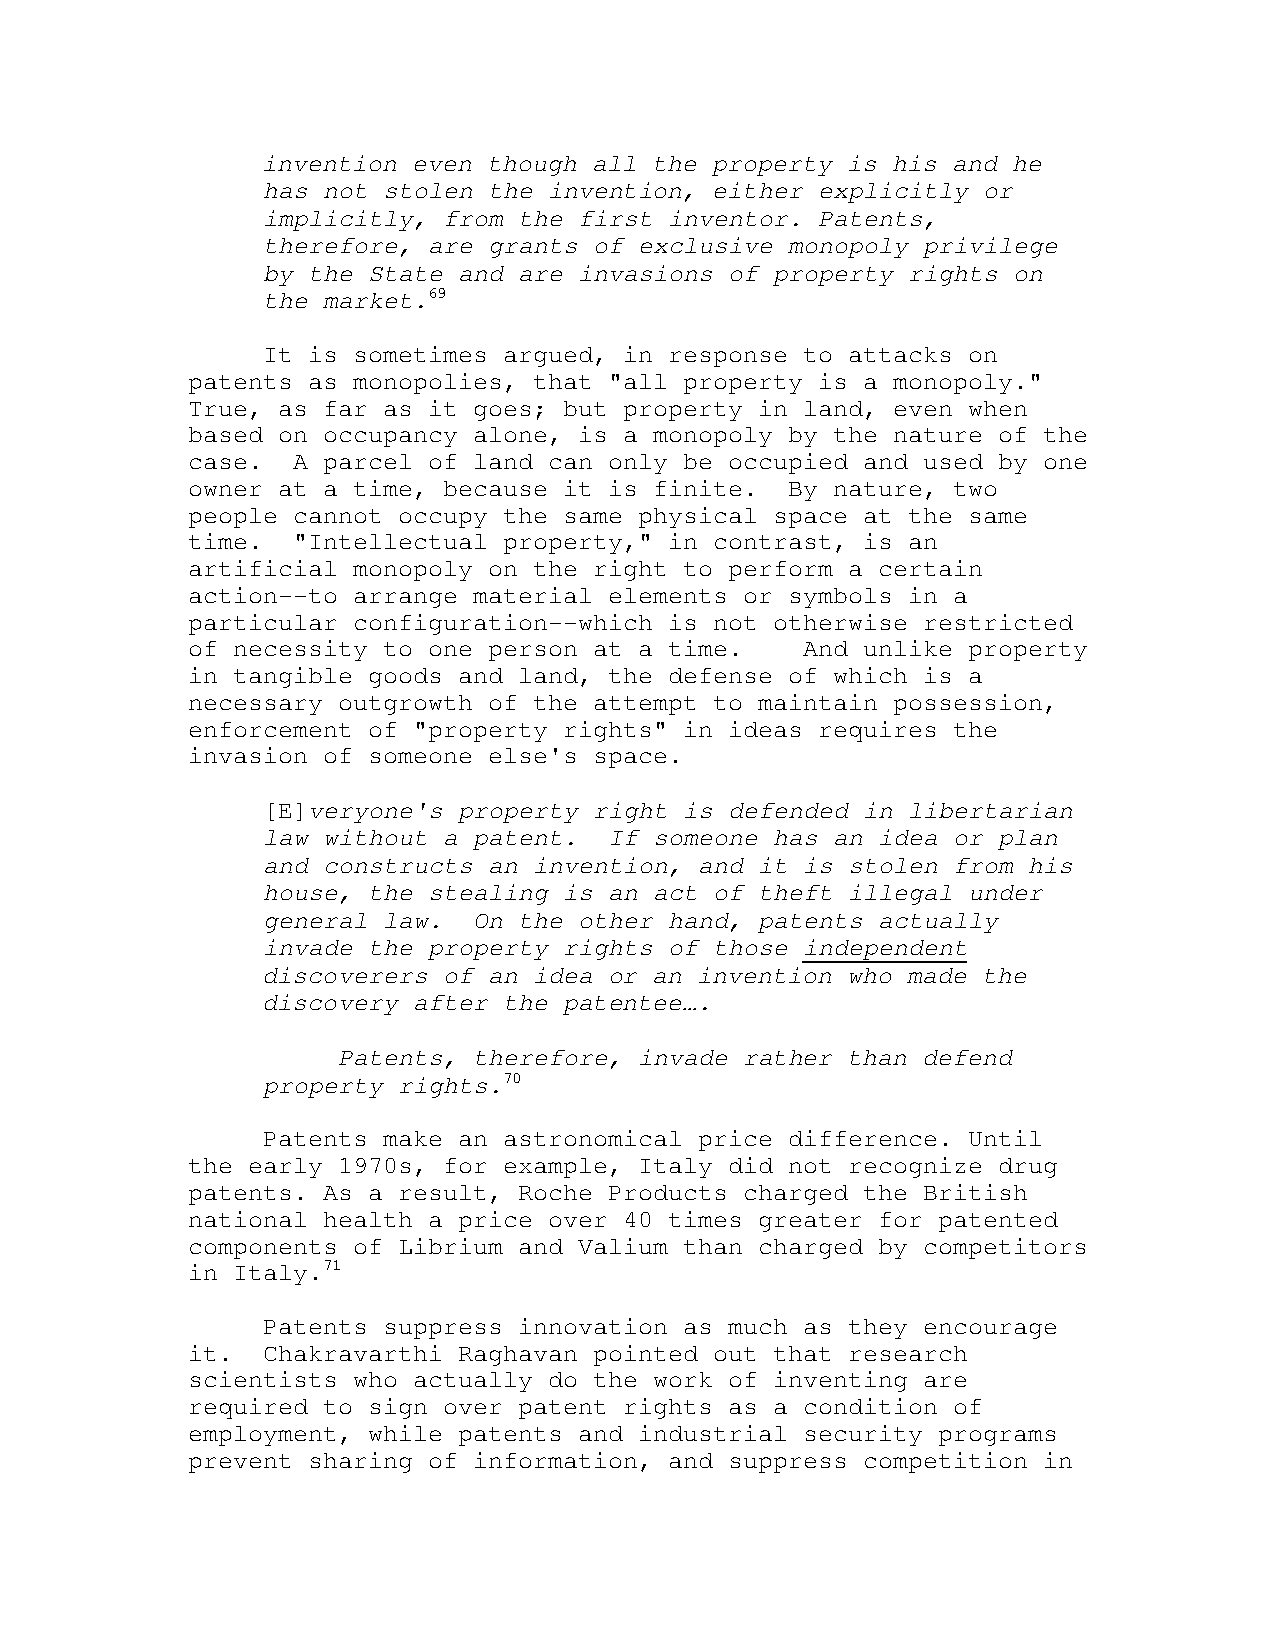
invention even though all the property is his and he
 has not stolen the invention, either explicitly or
 implicitly, from the first inventor. Patents,
 therefore, are grants of exclusive monopoly privilege
 by the State and are invasions of property rights on
 the market.69
 It is sometimes argued, in response to attacks on
 patents as monopolies, that "all property is a monopoly."
 True, as far as it goes; but property in land, even when
 based on occupancy alone, is a monopoly by the nature of the
 case.  A parcel of land can only be occupied and used by one
 owner at a time, because it is finite.  By nature, two
 people cannot occupy the same physical space at the same
 time.  "Intellectual property," in contrast, is an
 artificial monopoly on the right to perform a certain
 action--to arrange material elements or symbols in a
 particular configuration--which is not otherwise restricted
 of necessity to one person at a time.    And unlike property
 in tangible goods and land, the defense of which is a
 necessary outgrowth of the attempt to maintain possession,
 enforcement of "property rights" in ideas requires the
 invasion of someone else's space.
 [E]veryone's property right is defended in libertarian
 law without a patent.  If someone has an idea or plan
 and constructs an invention, and it is stolen from his
 house, the stealing is an act of theft illegal under
 general law.  On the other hand, patents actually
 invade the property rights of those independent
 discoverers of an idea or an invention who made the
 discovery after the patentee….
 Patents, therefore, invade rather than defend
 property rights.70
 Patents make an astronomical price difference. Until
 the early 1970s, for example, Italy did not recognize drug
 patents. As a result, Roche Products charged the British
 national health a price over 40 times greater for patented
 components of Librium and Valium than charged by competitors
 in Italy.71
 Patents suppress innovation as much as they encourage
 it.  Chakravarthi Raghavan pointed out that research
 scientists who actually do the work of inventing are
 required to sign over patent rights as a condition of
 employment, while patents and industrial security programs
 prevent sharing of information, and suppress competition in